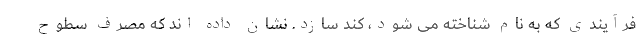
فرآیندی که به نام شناخته می شود، کند سازد. نشان داده اند که مصرف سطوح